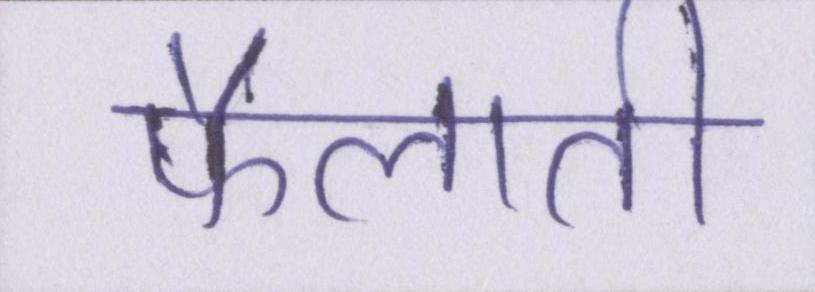
फैलाती